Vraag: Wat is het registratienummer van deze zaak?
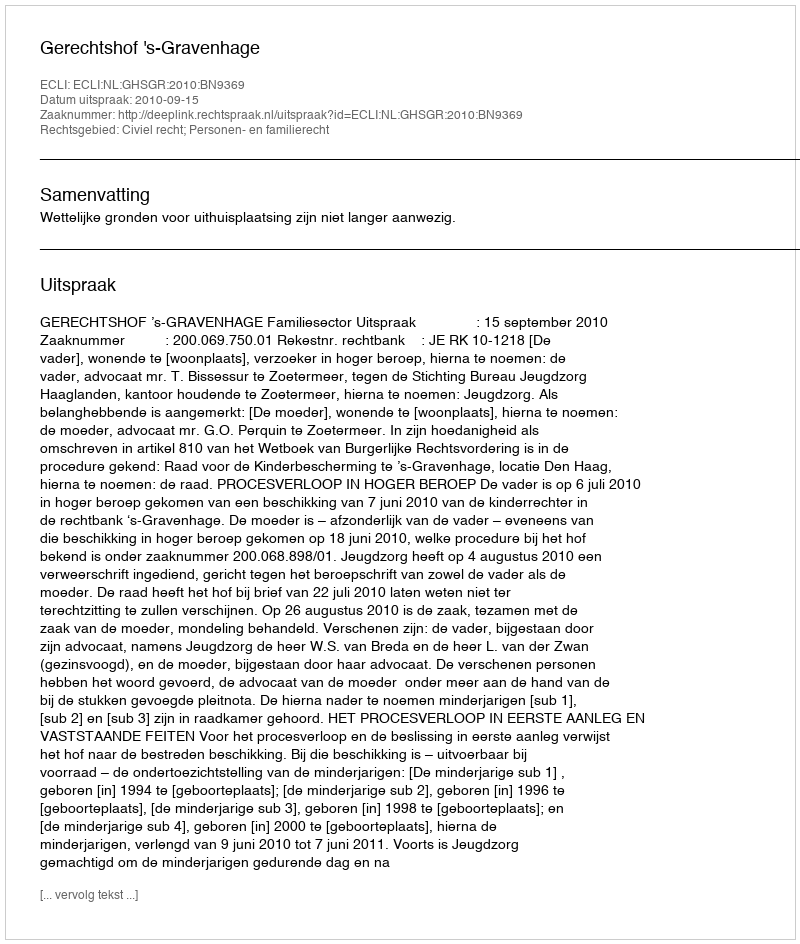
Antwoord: http://deeplink.rechtspraak.nl/uitspraak?id=ECLI:NL:GHSGR:2010:BN9369